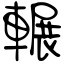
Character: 輾